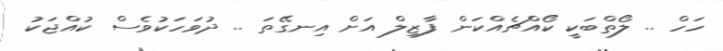
ހަހް .. ލޯތްބަކީ ކޯއްޗެއްކަން ފާޒިލް އަށް އިނގޭތަ .. ދުވަހަކުވެސް ކުއްޖަކު